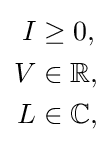
{\begin{aligned}I&\geq 0,\\V&\in \mathbb {R} ,\\L&\in \mathbb {C} ,\\\end{aligned}}